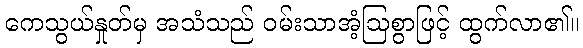
ကေသွယ်နှုတ်မှ အသံသည် ဝမ်းသာအံ့ဩစွာဖြင့် ထွက်လာ၏။